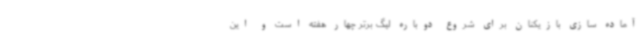
آماده سازی بازیکنان برای شروع دوباره لیگ برتر چهار هفته است و این